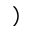
)